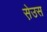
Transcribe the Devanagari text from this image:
स़ेउस